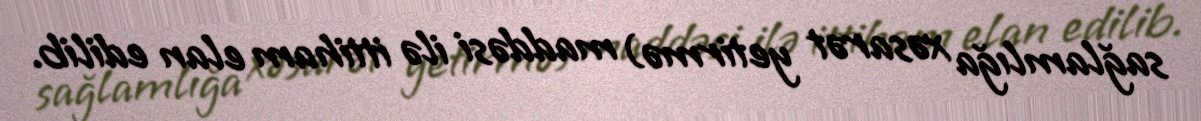
sağlamlığa xəsarət yetirmə) maddəsi ilə ittiham elan edilib.